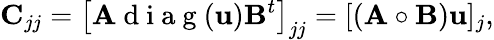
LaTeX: \mathbf{C}_{jj}=\left[\mathbf{A}\mathrm{~d~i~a~g~}(\mathbf{u})\mathbf{B}^{t}\right]_{jj}=[(\mathbf{A}\circ\mathbf{B})\mathbf{u}]_{j},